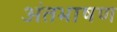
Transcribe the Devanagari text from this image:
अंतभाषण